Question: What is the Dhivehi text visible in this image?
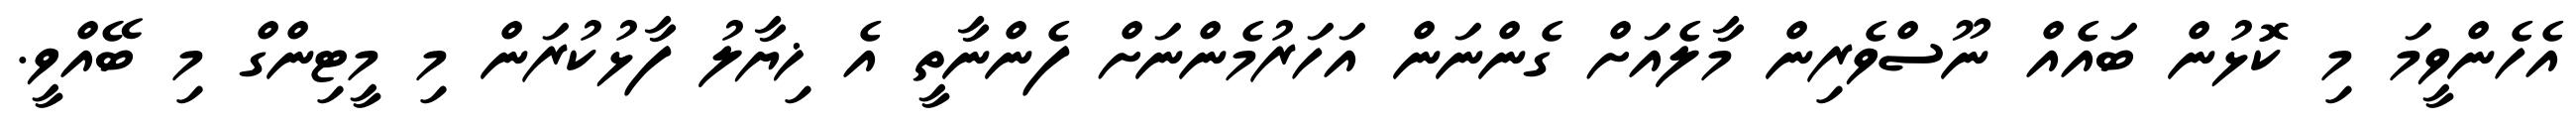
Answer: އެހެންވީމަ މި ކޮޅުން ބައެއް ނޫސްވެރިން މާލެއަށް ގެންނަން އަހަރުމެންނަށް ފެންނާތީ އެ ޚިޔާލު ފާޅުކުރަން މި މީޓިންގް މި ބޭއްވީ.